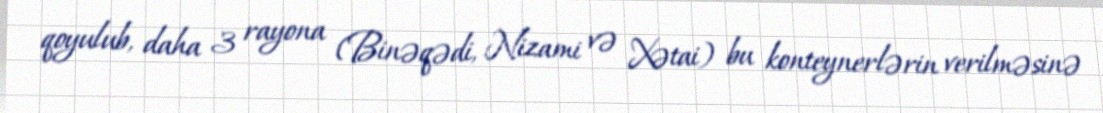
qoyulub, daha 3 rayona (Binəqədi, Nizami və Xətai) bu konteynerlərin verilməsinə